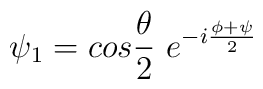
\psi_1= cos \frac{\theta}{2}~e^{-i\frac{\phi+\psi}{2}}